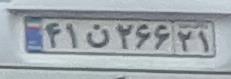
۴۱ن۲۶۶۲۱